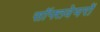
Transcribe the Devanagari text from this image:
सॉफ्तवेयरों